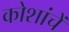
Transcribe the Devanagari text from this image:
कोशांचें